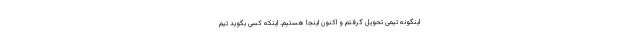
اینگونه تیمی تحویل گرفتم و اکنون اینجا هستیم. اینکه کسی بگوید تیم